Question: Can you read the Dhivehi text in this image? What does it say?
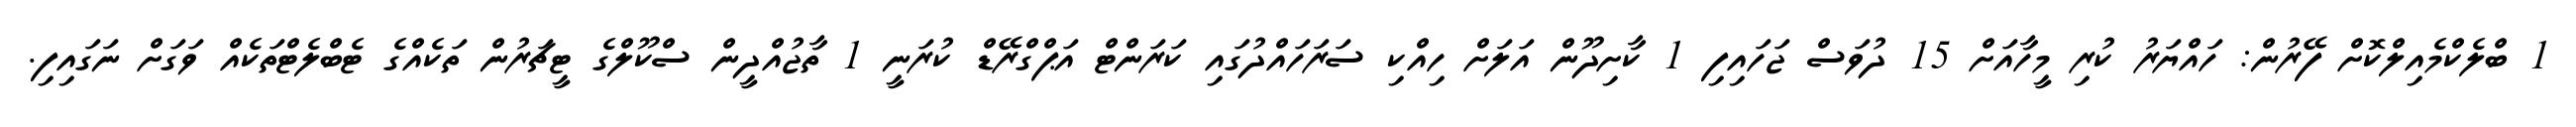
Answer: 1 ބްލެކްމެއިލްކޮށް ފޭރުން: ހައްޔަރު ކުރި މީހާއަށް 15 ދުވަސް ޖަހައިފި 1 ކާށިދޫން އަލަށް ހިއްކި ސަރަހައްދުގައި ކަރަންޓް އަޕްގްރޭޑް ކުރަނީ 1 ތާޖުއްދީން ސްކޫލްގެ ޓީޗަރުން ތަކެއްގެ ޓެބްލެޓްތަކެއް ވަގަށް ނަގައިފި.